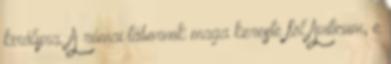
királyra. A római tábornok maga kereste föl Aviticum, e